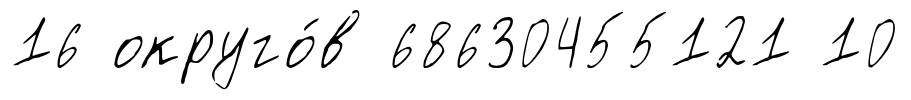
16 округо́в 68630455121 10